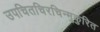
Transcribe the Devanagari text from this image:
उपचितचिरचिन्मुकुरित